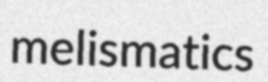
melismatics